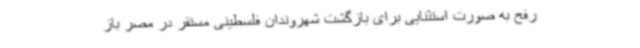
رفح به صورت استثنایی برای بازگشت شهروندان فلسطینی مستقر در مصر باز